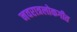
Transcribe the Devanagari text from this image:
नवरात्रलोकगीत